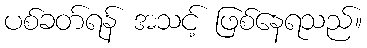
ပစ်ခတ်ရန် အသင့် ဖြစ်နေရသည်။